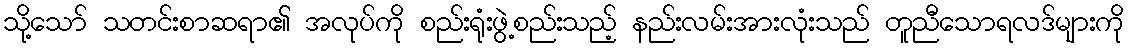
သို့သော် သတင်းစာဆရာ၏ အလုပ်ကို စည်းရုံးဖွဲ့စည်းသည့် နည်းလမ်းအားလုံးသည် တူညီသောရလဒ်များကို